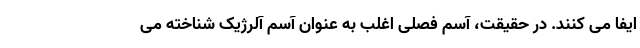
ایفا می کنند. در حقیقت، آسم فصلی اغلب به عنوان آسم آلرژیک شناخته می